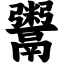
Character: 鬻